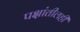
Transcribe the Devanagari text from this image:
पक्षांतीलही